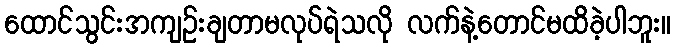
ထောင်သွင်းအကျဉ်းချတာမလုပ်ရဲသလို လက်နဲ့တောင်မထိခဲ့ပါဘူး။